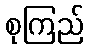
စုကြည်